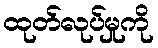
ထုတ်လုပ်မှုကို